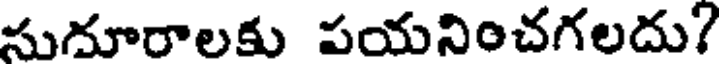
సుదూరాలకు పయనించగలదు?